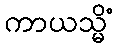
ကာယသ္မိံ